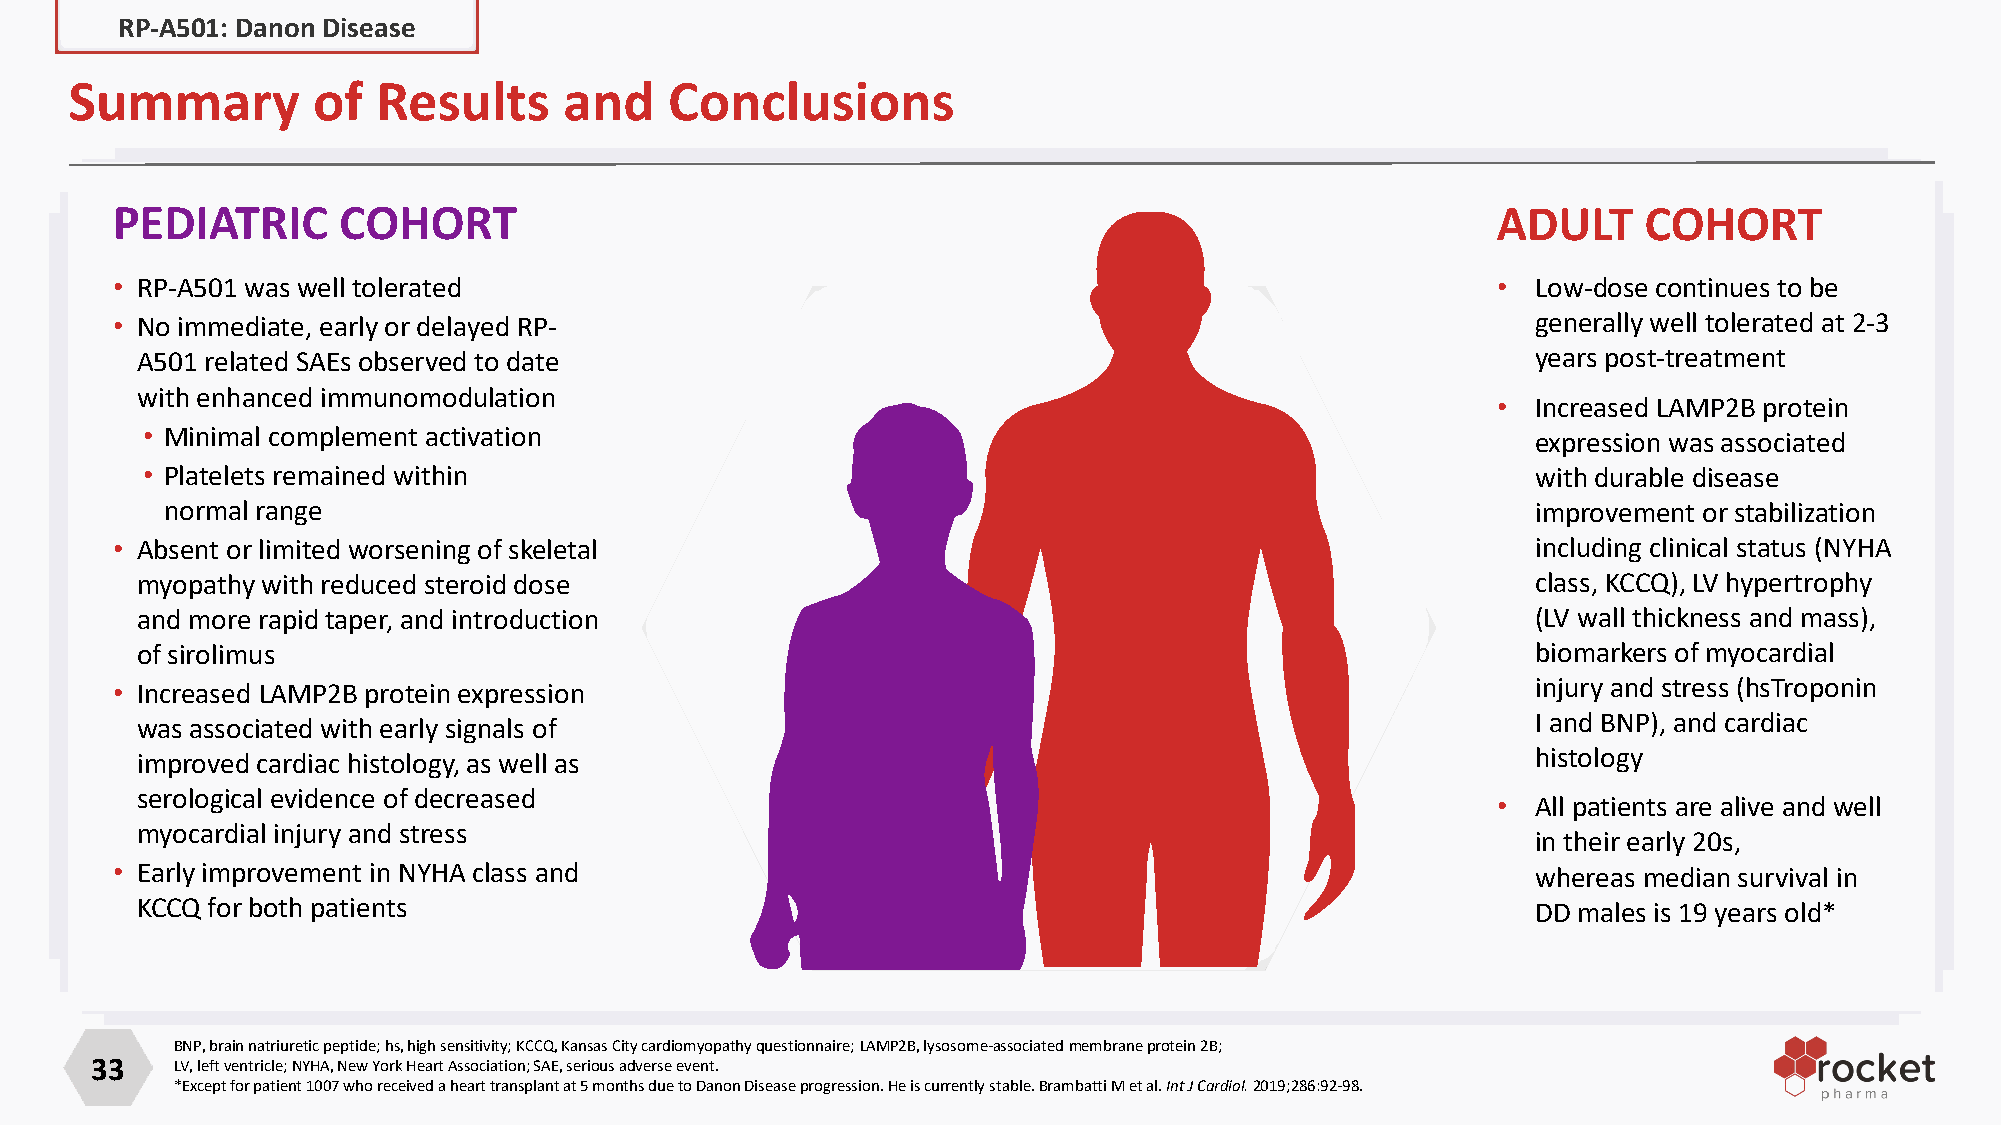
RP-A501: Danon Disease
 Summary         of  Results     and    Conclusions
 PEDIATRIC      COHORT                                                                       ADULT     COHORT
 • RP-A501 was well tolerated                                                                •  Low-dose continues to be
 • No immediate, early or delayed RP-                                                           generally well tolerated at 2-3
 A501 related SAEs observed to date                                                           years post-treatment
 with enhanced immunomodulation
 •  Increased LAMP2B protein
 • Minimal complement activation                                                              expression was associated
 • Platelets remained within                                                                  with durable disease
 normal range                                                                               improvement or stabilization
 • Absent or limited worsening of skeletal                                                      including clinical status (NYHA
 myopathy with reduced steroid dose                                                           class, KCCQ), LV hypertrophy
 and more rapid taper, and introduction                                                       (LV wall thickness and mass),
 of sirolimus                                                                                 biomarkers of myocardial
 • Increased LAMP2B protein expression                                                          injury and stress (hsTroponin
 was associated with early signals of                                                         I and BNP), and cardiac
 improved cardiac histology, as well as                                                       histology
 serological evidence of decreased
 •  All patients are alive and well
 myocardial injury and stress
 in their early 20s,
 • Early improvement in NYHA class and                                                          whereas median survival in
 KCCQ for both patients                                                                       DD males is 19 years old*
 BNP, brain natriuretic peptide; hs, high sensitivity; KCCQ, Kansas City cardiomyopathy questionnaire; LAMP2B, lysosome-associatedmembraneprotein 2B;
 33   LV, left ventricle; NYHA, New York Heart Association; SAE, serious adverse event.
 *Except for patient 1007 who received a heart transplant at 5 months due to Danon Disease progression.He is currently stable. Brambatti M et al. Int J Cardiol. 2019;286:92-98.